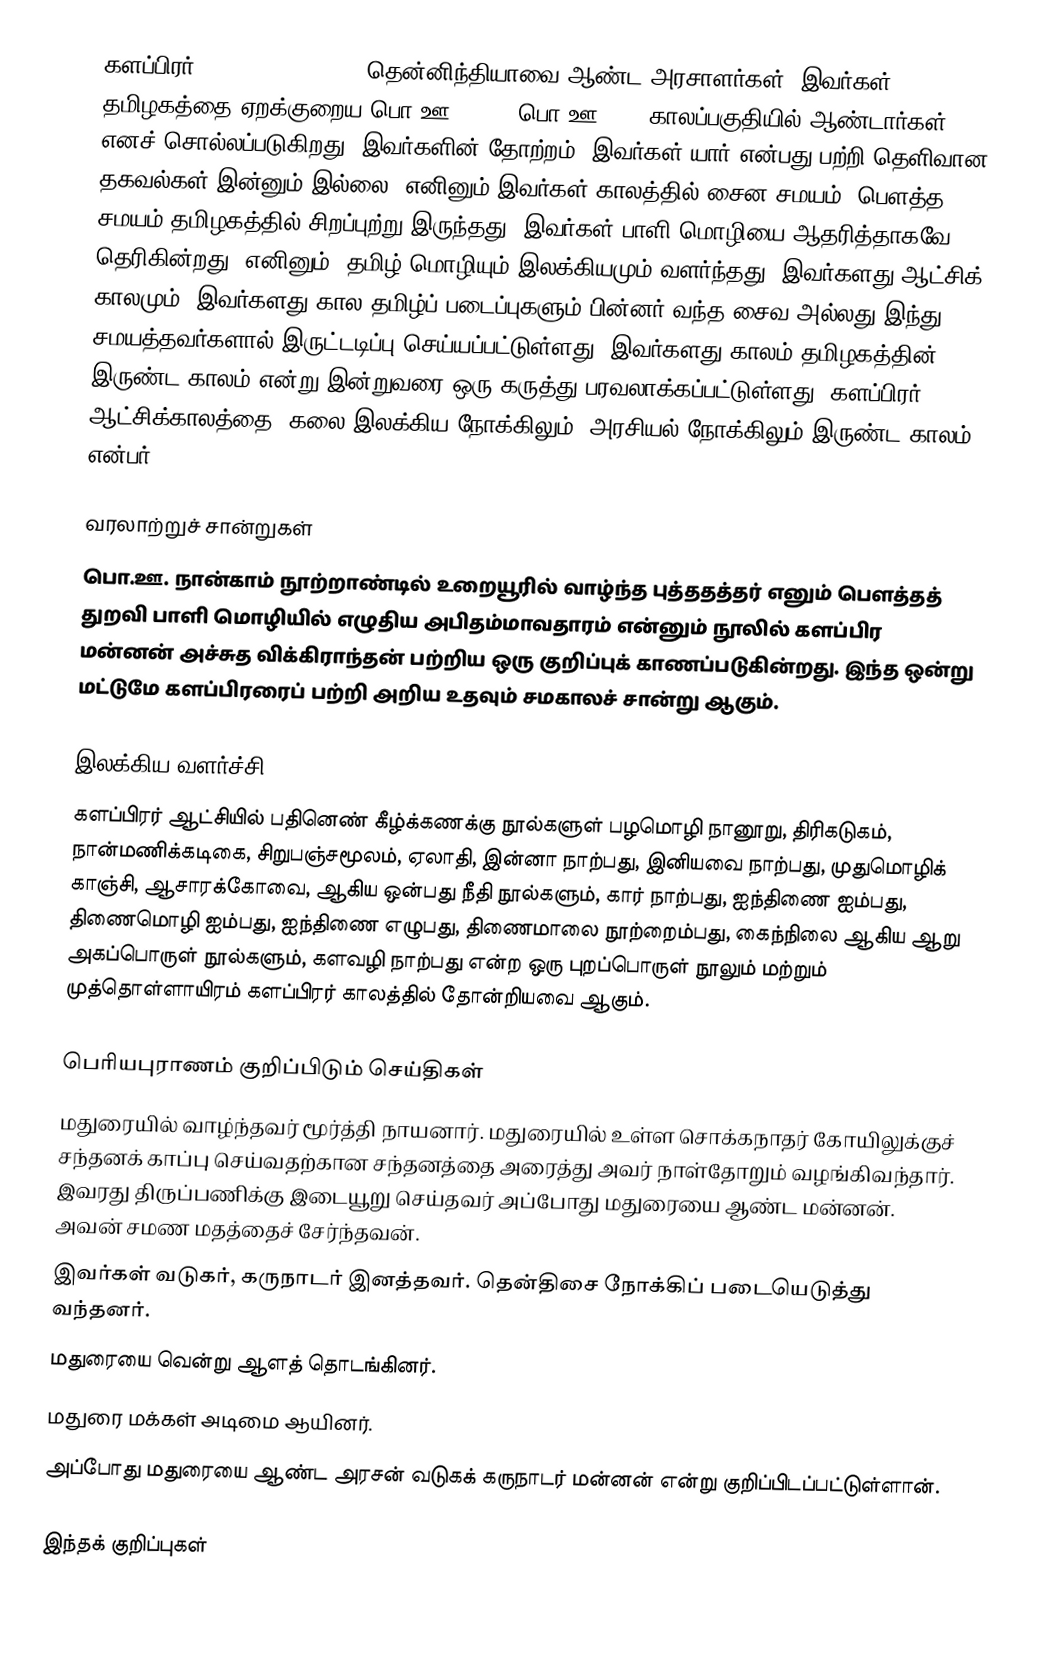
களப்பிரர் (Kalabhra dynasty) தென்னிந்தியாவை ஆண்ட அரசாளர்கள். இவர்கள் தமிழகத்தை ஏறக்குறைய பொ.ஊ. 250 – பொ.ஊ. 600 காலப்பகுதியில் ஆண்டார்கள் எனச் சொல்லப்படுகிறது. இவர்களின் தோற்றம், இவர்கள் யார் என்பது பற்றி தெளிவான தகவல்கள் இன்னும் இல்லை. எனினும் இவர்கள் காலத்தில் சைன சமயம், பௌத்த சமயம் தமிழகத்தில் சிறப்புற்று இருந்தது. இவர்கள் பாளி மொழியை ஆதரித்தாகவே தெரிகின்றது. எனினும், தமிழ் மொழியும் இலக்கியமும் வளர்ந்தது. இவர்களது ஆட்சிக் காலமும், இவர்களது கால தமிழ்ப் படைப்புகளும் பின்னர் வந்த சைவ அல்லது இந்து சமயத்தவர்களால் இருட்டடிப்பு செய்யப்பட்டுள்ளது. இவர்களது காலம் தமிழகத்தின் இருண்ட காலம் என்று இன்றுவரை ஒரு கருத்து பரவலாக்கப்பட்டுள்ளது. களப்பிரர் ஆட்சிக்காலத்தை, கலை-இலக்கிய நோக்கிலும், அரசியல் நோக்கிலும் இருண்ட காலம் என்பர்.

வரலாற்றுச் சான்றுகள்
பொ.ஊ. நான்காம் நூற்றாண்டில் உறையூரில் வாழ்ந்த புத்ததத்தர் எனும் பௌத்தத் துறவி பாளி மொழியில் எழுதிய அபிதம்மாவதாரம் என்னும் நூலில் களப்பிர மன்னன்  அச்சுத விக்கிராந்தன் பற்றிய ஒரு குறிப்புக் காணப்படுகின்றது. இந்த ஒன்று மட்டுமே களப்பிரரைப் பற்றி அறிய உதவும் சமகாலச் சான்று ஆகும்.

இலக்கிய வளர்ச்சி
களப்பிரர் ஆட்சியில்  பதினெண் கீழ்க்கணக்கு நூல்களுள் பழமொழி நானூறு, திரிகடுகம், நான்மணிக்கடிகை, சிறுபஞ்சமூலம், ஏலாதி, இன்னா நாற்பது, இனியவை நாற்பது, முதுமொழிக் காஞ்சி, ஆசாரக்கோவை, ஆகிய ஒன்பது நீதி நூல்களும், கார் நாற்பது, ஐந்திணை ஐம்பது, திணைமொழி ஐம்பது, ஐந்திணை எழுபது, திணைமாலை நூற்றைம்பது, கைந்நிலை ஆகிய ஆறு அகப்பொருள் நூல்களும், களவழி நாற்பது என்ற ஒரு புறப்பொருள் நூலும் மற்றும் முத்தொள்ளாயிரம் களப்பிரர் காலத்தில் தோன்றியவை ஆகும்.

பெரியபுராணம் குறிப்பிடும் செய்திகள்
மதுரையில் வாழ்ந்தவர் மூர்த்தி நாயனார். மதுரையில் உள்ள சொக்கநாதர் கோயிலுக்குச் சந்தனக் காப்பு செய்வதற்கான சந்தனத்தை அரைத்து அவர் நாள்தோறும் வழங்கிவந்தார். இவரது திருப்பணிக்கு இடையூறு செய்தவர் அப்போது மதுரையை ஆண்ட மன்னன். அவன் சமண மதத்தைச் சேர்ந்தவன்.
இவர்கள் வடுகர், கருநாடர் இனத்தவர். தென்திசை நோக்கிப் படையெடுத்து வந்தனர்.
மதுரையை வென்று ஆளத் தொடங்கினர்.
மதுரை மக்கள் அடிமை ஆயினர்.
அப்போது மதுரையை ஆண்ட அரசன் வடுகக் கருநாடர் மன்னன் என்று குறிப்பிடப்பட்டுள்ளான்.

இந்தக் குறிப்புகள்